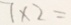
7 \times 2 =